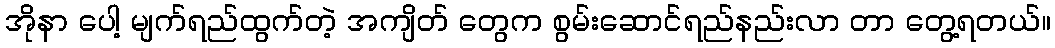
အိုနာ ပေါ့ မျက်ရည်ထွက်တဲ့ အကျိတ် တွေက စွမ်းဆောင်ရည်နည်းလာ တာ တွေ့ရတယ်။